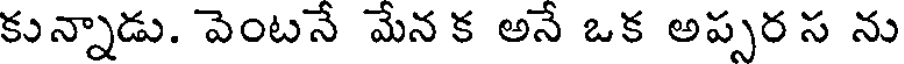
కున్నాడు. వెంటనే మేన క అనే ఒక అప్పర స ను